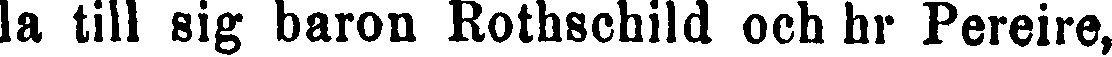
la till sig baron Rothschild och hr Pereire,